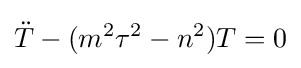
{\ddot {T}}-(m^{2}\tau ^{2}-n^{2})T=0